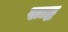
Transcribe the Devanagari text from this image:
स्राद्ध